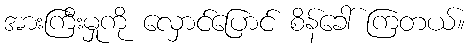
အားကြီးမှုကို လှောင်ပြောင် စိန်ခေါ် ကြတယ်။